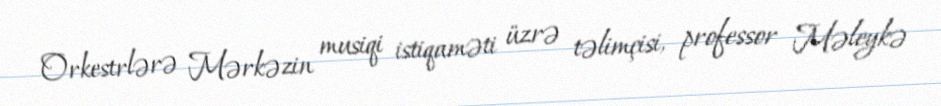
Orkestrlərə Mərkəzin musiqi istiqaməti üzrə təlimçisi, professor Məleykə